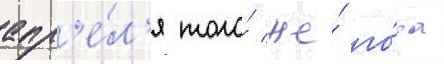
апр'е́л'я того́ же́ го́да